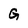
Character: G